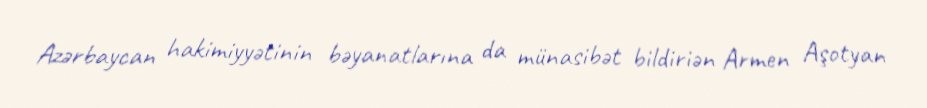
Azərbaycan hakimiyyətinin bəyanatlarına da münasibət bildiriən Armen Aşotyan